Civil Veterinary Dept. North-West Frontier Province 1901-22 - 1901-1922
Year: 1901
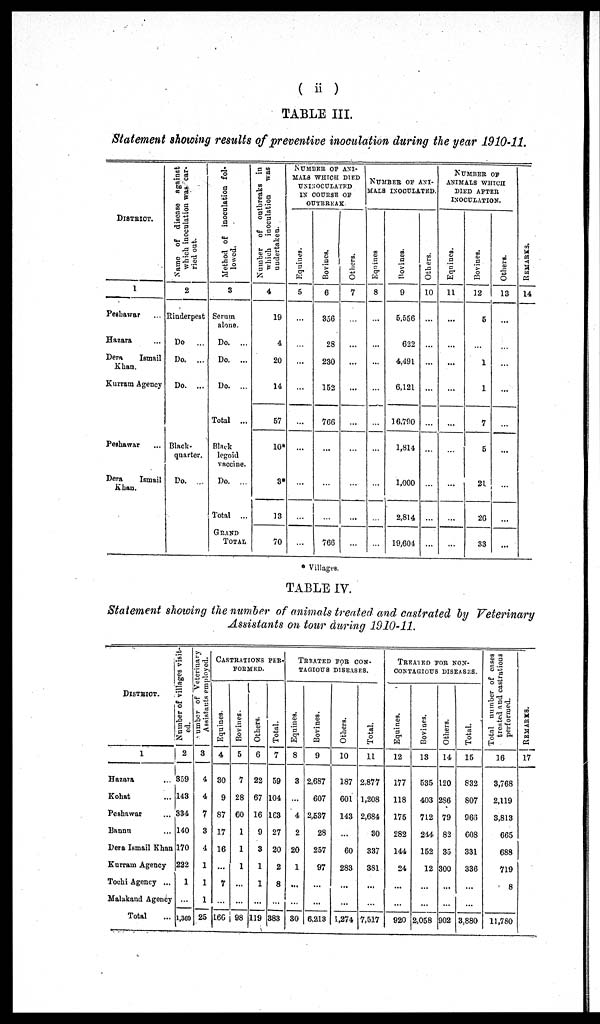
(ii)
TABLE III.
Statement showing results of preventive inoculation during the year 1910-11.
DISTRICT.
1
Peshawar ...
Hazara ...
Dera
Ismail
Khan.
Kurram Agency
Peshawar ...
Dera
Ismail
Khan,
Name of disence against
which incculation was car-
ried out.
2
Rinderpest
Do
...
Do. ...
Do. ...
Black-
quarter.
Do. ...
Method of inoculation fol-
lowed.
3
Serum
alone.
Do. ...
Do. ...
Do. ...
Total ...
Black
legoid
vaccine.
Do. ...
Total ...
GRAND
TOTAL
Number of outbreaks in
which inocculation was
undertaken.
4
19
4
20
14
57
10*
3*
13
70
NUMBER OF ANI-
MALS WHICH DIED
UNINOCULATED
IN COURSE OF
OUTBREAK
Equines.
5
...
...
...
...
...
...
...
...
...
Bovines.
6
356
28
230
152
766
...
...
...
766
Others.
7
...
...
...
...
...
...
...
...
...
NUMBER OF ANI-
MALS INOCULATED.
Equi nes .
8
...
...
...
...
...
...
...
...
...
Bovines.
9
5,556
622
4,491
6,121
16,790
1,814
1,000
2,814
19,604
Others.
10
...
...
...
...
...
...
...
...
...
NUMBER OF
ANIMALS WHICH
DIED AFTER
INOCULATION.
Equines.
11
...
...
...
...
...
...
...
...
...
Bovi nes .
12
5
...
1
1
7
5
21
26
33
Others.
13
...
...
...
...
...
...
...
...
...
REMARKS.
14
* Villages.
TABLE IV.
Statement showing the number of animals treated and castrated by Veterinary
Assistants on tour during 1910-11.
DISTRICT.
1
Hazara ...
Kohat ...
Peshawar ...
Bannu ...
Dera Ismail Khan
Kurram Agency
Tochi Agency ...
Malakand Agency
Total ...
Number of villages visit-
ed.
2
359
143
334
140
170
222
1
...
1,369
Number
of Veterinary
Assistants employed.
3
4
4
7
3
4
1
1
1
25
CASTRATIONS PER-
FORMED.
Equines.
4
30
9
87
17
16
...
7
...
166
Bovines.
5
7
28
60
1
1
1
...
...
98
Others.
6
22
67
16
9
3
1
1
...
119
Total.
7
59
104
163
27
20
2
8
...
383
TREATED FOR CON-
TAGIOUS DISEASES.
Equines.
8
3
...
4
2
20
1
...
...
30
Bovines.
9
2,687
607
2,537
28
257
97
...
...
6,213
Others.
10
187
601
143
...
60
283
...
...
1,274
Total.
11
2,877
1,208
2,684
30
337
381
...
...
7,517
TREATED FOR NON-
CONTAGIOUS DISEASES.
Equines.
12
177
118
175
282
144
24
...
...
920
Bovines.
13
535
403
712
244
152
12
...
...
2,058
Others.
14
120
286
79
82
35
300
...
...
902
Total.
15
832
807
966
608
331
336
...
...
3,880
Total number of cases
treated and castrations
performed.
16
3,768
2,119
3,813
665
688
719
8
...
11,780
REMARKS.
17